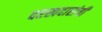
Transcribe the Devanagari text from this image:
दरखदारांची